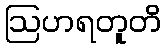
ဩဟရတူတိ